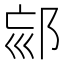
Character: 𨚳